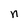
Character: n